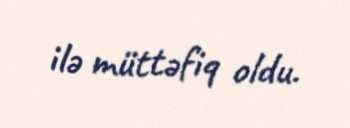
ilə müttəfiq oldu.